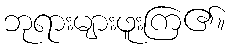
ဘုရားများဖူးကြ၏။